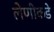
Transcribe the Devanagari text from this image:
लेणीकडे